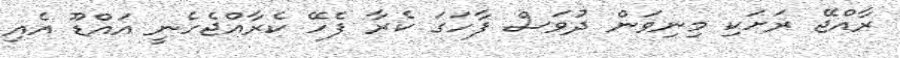
ރާއްޖޭ ރަށަކި މިނިވަން ދުވަސް ފާހަގަ ކެރާ ފެހޭ ކެރާއްޖެހެނީ އައްޑޫ އެއި